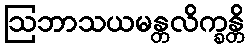
ဩဘာသယမန္တလိက္ခန္တိ